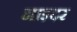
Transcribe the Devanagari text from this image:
नाइदर